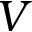
V